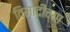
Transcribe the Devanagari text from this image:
विमादींच्या